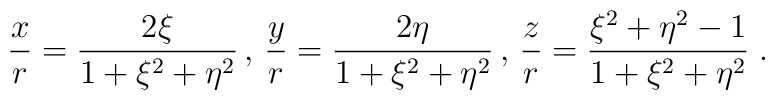
{x\over r}={2\xi\over 1+\xi^2+\eta^2}\,,\, {y\over r}={2\eta\over 1+\xi^2+\eta^2}\,,\,{z\over r}={\xi^2+\eta^2-1\over 1+\xi^2+\eta^2}\;.